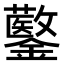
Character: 𨯍